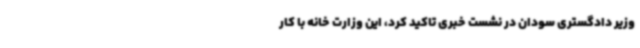
وزیر دادگستری سودان در نشست خبری تاکید کرد، این وزارت خانه با کار